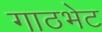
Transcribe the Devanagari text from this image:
गाठभेट